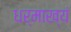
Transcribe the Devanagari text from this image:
धर्माख्यं